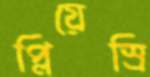
প্লিয়েস্রি